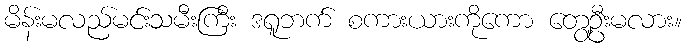
မိန်းမလည်မင်းသမီးကြီး ဒရူဘက် စကားယားကိုကော တွေ့ဦးမလား။